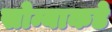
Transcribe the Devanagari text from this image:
सोन्याकडे